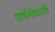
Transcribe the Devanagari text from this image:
पार्थेनोकार्पी